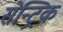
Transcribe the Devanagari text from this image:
सेन्ट्रिक